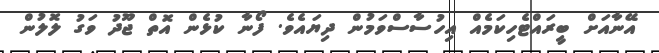
އޭނާއަށް ބީރައްޓެހިކަމެއް އިހުސާސްވަމުން ދިޔައެވެ. ފޯނާ ކުޅެން އޮތް ޖޫދު ވަގު ލޮލުން